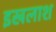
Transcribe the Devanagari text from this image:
इखलाश